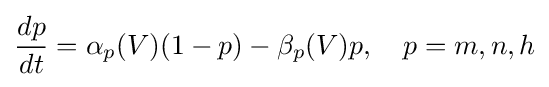
{\frac {dp}{dt}}=\alpha _{p}(V)(1-p)-\beta _{p}(V)p,\quad p=m,n,h